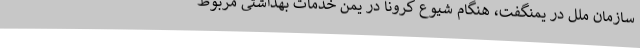
سازمان ملل در یمنگفت، هنگام شیوع کرونا در یمن خدمات بهداشتی مربوط